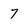
Character: 7